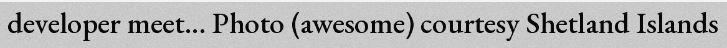
developer meet... Photo (awesome) courtesy Shetland Islands